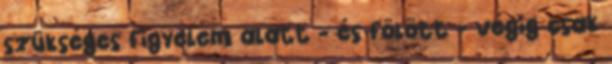
szükséges figyelem alatt - és fölött - végig csak